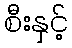
စီးနှင့်